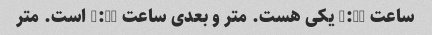
ساعت 7:10 یکی هست. متر و بعدی ساعت 7:40 است. متر